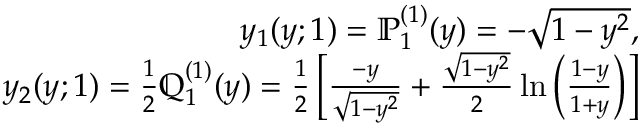
\begin{array} { r l r } & { } & { y _ { 1 } ( y ; 1 ) = \mathbb { P } _ { 1 } ^ { ( 1 ) } ( y ) = - \sqrt { 1 - y ^ { 2 } } , } \\ & { } & { y _ { 2 } ( y ; 1 ) = \frac { 1 } { 2 } \mathbb { Q } _ { 1 } ^ { ( 1 ) } ( y ) = \frac { 1 } { 2 } \left[ \frac { - y } { \sqrt { 1 - y ^ { 2 } } } + \frac { \sqrt { 1 - y ^ { 2 } } } { 2 } \ln \left( \frac { 1 - y } { 1 + y } \right) \right] } \end{array}